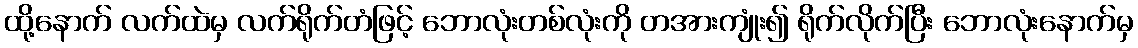
ထို့နောက် လက်ထဲမှ လက်ရိုက်တံဖြင့် ဘောလုံးတစ်လုံးကို တအားကျုံး၍ ရိုက်လိုက်ပြီး ဘောလုံးနောက်မှ